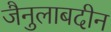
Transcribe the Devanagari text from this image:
जैनुलाबदीन